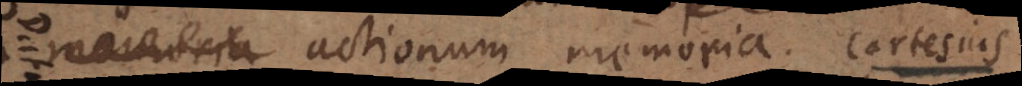
um actionum memoria. Cartesius